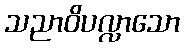
သညာဝိပလ္လာသော